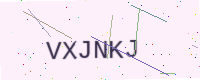
Text: VXJNKJ